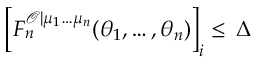
\left[ F _ { n } ^ { \mathcal { O } | \mu _ { 1 } \ldots \mu _ { n } } ( \theta _ { 1 } , \ldots , \theta _ { n } ) \right] _ { i } \leq \, \Delta